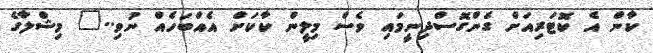
ކާން އެ ކޮޓަރިއަށް ގެންގޮސްދިނީމައި ވެސް މިލީން ކާކަށް އެއްބަހެއް ނުވި.." މިޝްލާގެ